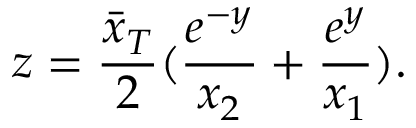
z = { \frac { \bar { x } _ { T } } { 2 } } ( { \frac { e ^ { - y } } { x _ { 2 } } } + { \frac { e ^ { y } } { x _ { 1 } } } ) .